Investigations on Bengal jail dietaries - Number 37
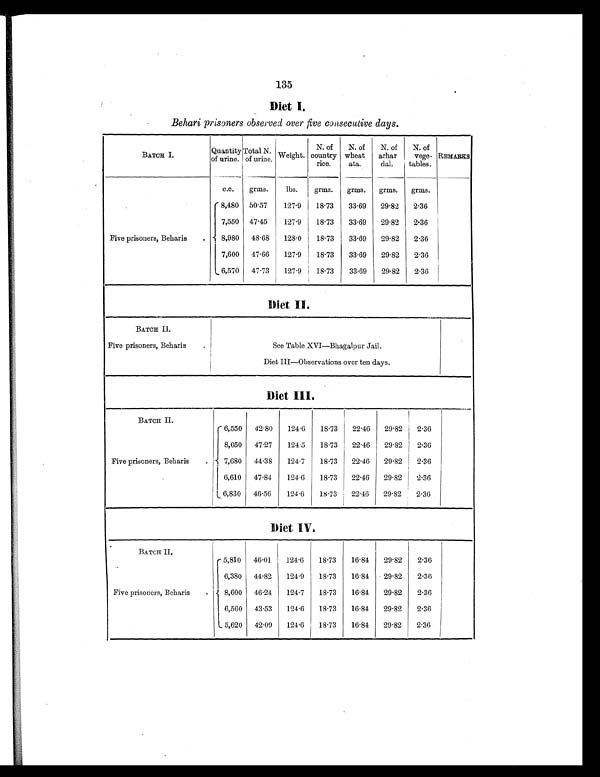
135
Diet I.
Behari prisoners observed over five consecutive days.
BATCH I.
Quantity
of urine
Total N.
of urine. Weight.
N. of
country
rice.
N. of
wheat
ata.
N. of
arhar
dal.
N. of
vege-
tables.
REMARKS
c.c.
grms.
lbs.
grms.
grms.
grms.
grms.
Five prisoners, Beharis
.
8,480 50.57
127.9
18.73
33.69
29.82
2.36
7,550 47.45
127.9
18.73
33.69
29.82
2.36
8,980
48.68
128.0
18.73
33.69
29.82
2.36
7,600
47.66
127.9
18.73
33.69
29.82
2.36
6,570
47.73
127.9
18.73
33.69
29.82
2.36
Diet II.
BATCH II.
Five prisoners, Beharis
.
See Table XVI—Bhagalpur Jail.
Diet III—Observations over ten days.
Diet III.
--
BATCH II.
Five prisoners, Beharis
.
6,550
42.80
124.6
18.73
22.46
29.82
2.36
8,050
47.27
124.5
18.73
22.46
29.82
2.36
7,680
44.38
124.7
18.73
22.46
29.82
2.36
6,610
47.84
124.6
18.73
22.46
29.82
2.36
6,830
46.56
124.6
18.73
22.46
29.82
2.36
Diet IV.
BATCH II.
Five prisoners, Beharis
.
5,810
46.01
124.6
18.73
16.84
29.82
2.36
6,380
44.82
124.9
18.73
16.84
29.82
2.36
8,600
46.24
124.7
18.73
16.84
29.82
2.36
6,560
43.53
124.6
18.73
16.84
29.82
2.36
5,620
42.09
124.6
18.73
16.84
29.82
2.36